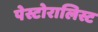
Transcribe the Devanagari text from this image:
पेस्टोरालिस्ट